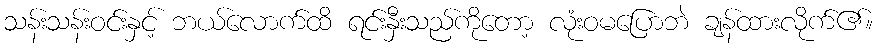
သန်းသန်းဝင်းနှင့် ဘယ်လောက်ထိ ရင်းနှီးသည်ကိုတော့ လုံးဝမပြောဘဲ ချန်ထားလိုက်၏။